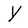
Character: y